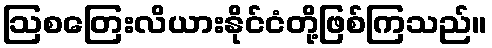
ဩစတြေးလိယားနိုင်ငံတို့ဖြစ်ကြသည်။